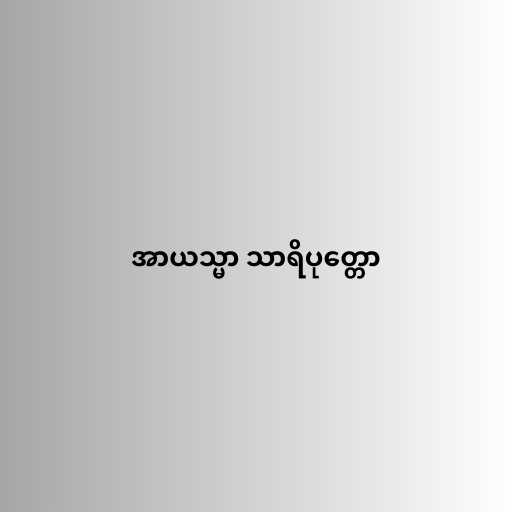
အာယသ္မာ သာရိပုတ္တော